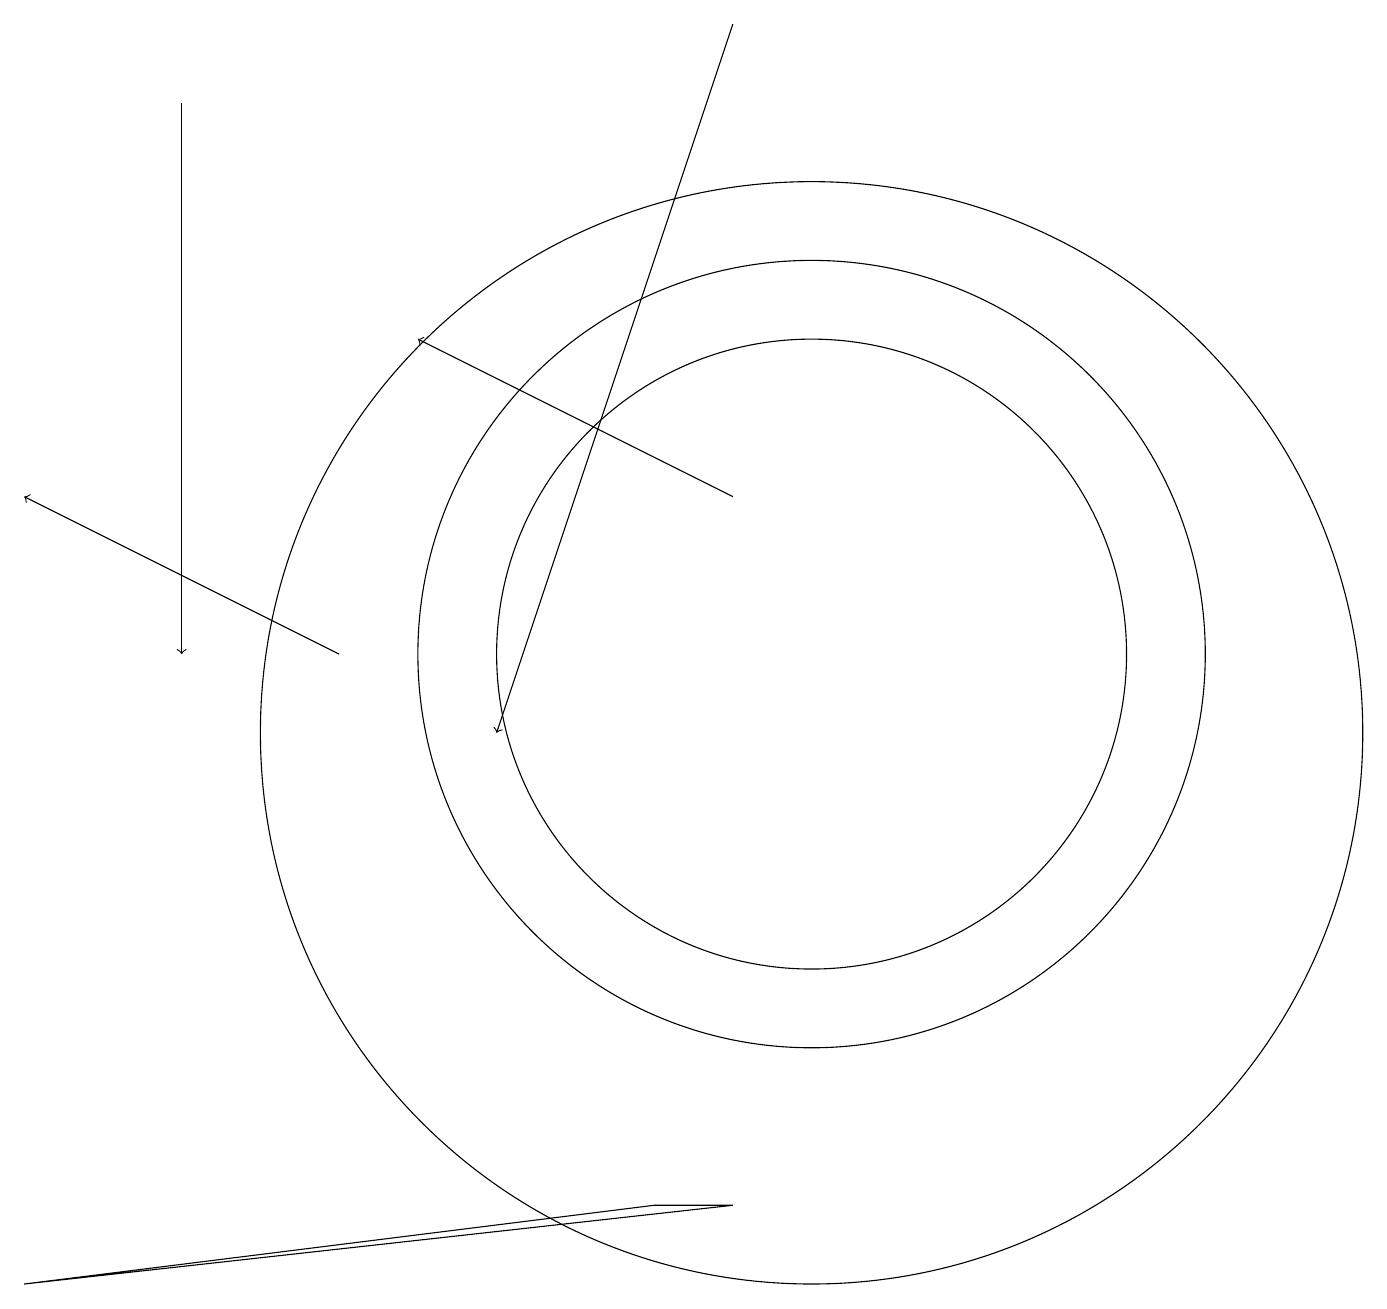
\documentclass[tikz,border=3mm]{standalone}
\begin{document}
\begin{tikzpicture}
\draw[->] (9,13) -- (5,15);
\draw[->] (4,11) -- (0,13);
\draw[->] (9,19) -- (6,10);
\draw (10,10) circle (7);
\draw (10,11) circle (5);
\draw (10,11) circle (4);
\draw (8,4) -- (0,3) -- (9,4) -- cycle;
\draw[->] (2,18) -- (2,11);
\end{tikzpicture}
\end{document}